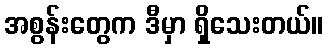
အစွန်းတွေက ဒီမှာ ရှိသေးတယ်။